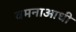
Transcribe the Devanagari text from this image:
वमनाआधी